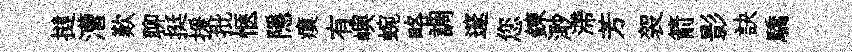
撻漕歎聊挺援批愜隱瘼有嶼蜿略調邃您鍊𣺌滯芳袈箭影訣驕